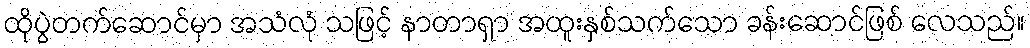
ထိုပွဲတက်ဆောင်မှာ အသံလုံ သဖြင့် နာတာရှာ အထူးနှစ်သက်သော ခန်းဆောင်ဖြစ် လေသည်။